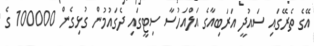
އޭގެ ތެރޭގައި ސައުދީ އަރަބިއާގެ އަލްއަހުސާ ސިޓީގައި ދެގައުމުން ގުޅިގެން 100000 ގެ